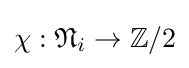
\chi :{\mathfrak {N}}_{i}\to \mathbb {Z} /2